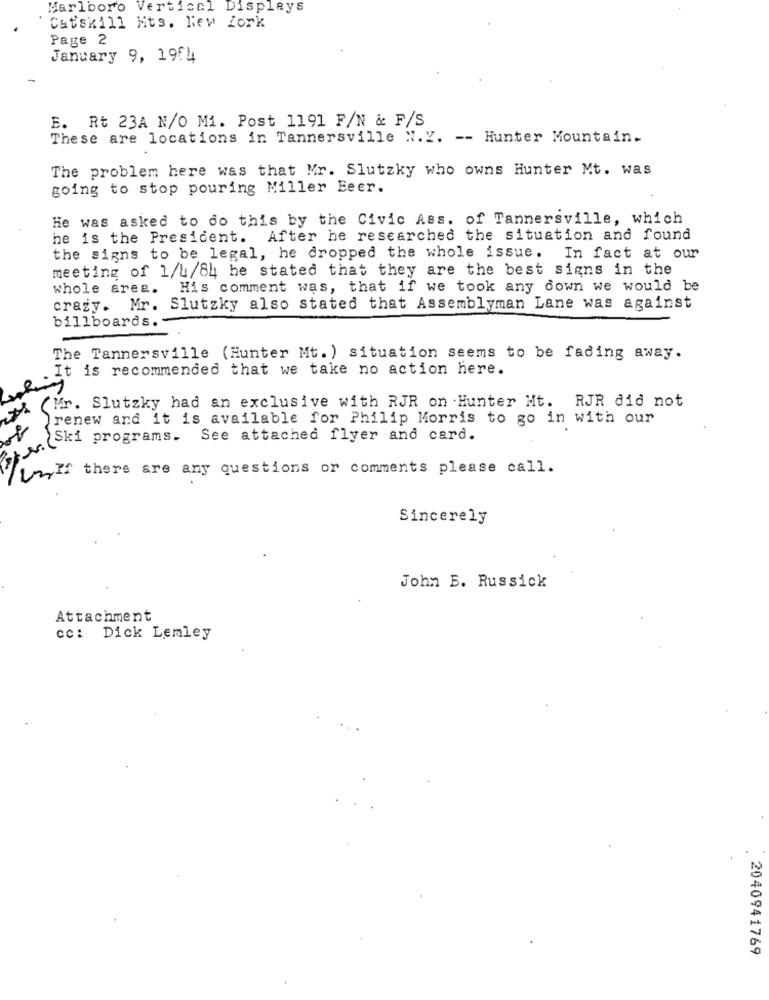
Marlboro Vertical Displays
Catskill Nts. New York
Page 2
January 9, 1984
E. Rt 23A N/O Mi. Post 1191 F/N & F/S
These are locations in Tannersville N.Y. -- Hunter Mountain.
The problem here was that Mr. Slutzky who owns Hunter Mt. was
going to stop pouring Miller Eeer.
He was asked to do this by the Civic Ass. of Tannersville, which
he is the President. After he researched the situation and found
the signs to be legal, he dropped the whole issue. In fact at our
meeting of 1/4/84 he stated that they are the best signs in the
whole area.
His comment was, that if we took any down we would be
crazy. Mr. Slutzky also stated that Assemblyman Lane was against
billboards.
The Tannersville (Hunter Mt. ) situation seems to be fading away.
It is recommended that we take no action here.
(Mr. Slutzky had an exclusive with RJR on Hunter Mt. RJR did not
renew and it is available for Philip Morris to go in with our
M.Cki programs.
See attached flyer and card.
If there are any questions or comments please call.
Sincerely
John B. Russick
Attachment
cc: Dick Lemley
2040941769